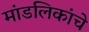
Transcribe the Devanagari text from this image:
मांडलिकांचे